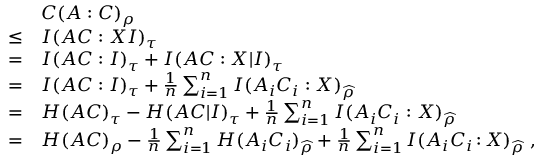
\begin{array} { r l } & { C ( A : C ) _ { \rho } } \\ { \leq } & { I ( A C : X I ) _ { \tau } } \\ { = } & { I ( A C : I ) _ { \tau } + I ( A C : X | I ) _ { \tau } } \\ { = } & { I ( A C : I ) _ { \tau } + \frac { 1 } { n } \sum _ { i = 1 } ^ { n } I ( A _ { i } C _ { i } : X ) _ { \widehat { \rho } } } \\ { = } & { H ( A C ) _ { \tau } - H ( A C | I ) _ { \tau } + \frac { 1 } { n } \sum _ { i = 1 } ^ { n } I ( A _ { i } C _ { i } : X ) _ { \widehat { \rho } } } \\ { = } & { H ( A C ) _ { \rho } - \frac { 1 } { n } \sum _ { i = 1 } ^ { n } H ( A _ { i } C _ { i } ) _ { \widehat { \rho } } + \frac { 1 } { n } \sum _ { i = 1 } ^ { n } I ( A _ { i } C _ { i } { \, : \, } X ) _ { \widehat { \rho } } \ , } \end{array}